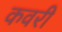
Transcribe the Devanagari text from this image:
कवरी